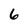
Character: 6